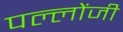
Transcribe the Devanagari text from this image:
पल्लोंजी